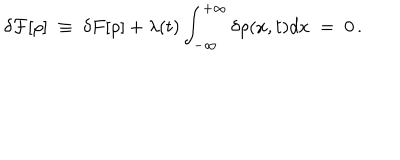
LaTeX: \delta { \cal F } [ \rho ] \; \equiv \; \delta { F } [ \rho ] + \lambda ( t ) \int _ { - \infty } ^ { + \infty } \delta \rho ( x , t ) d x \; = \; 0 \, .